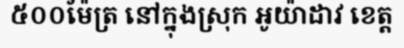
៥០០ម៉ែត្រ នៅក្នុងស្រុក អូយ៉ាដាវ ខេត្ត